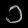
Digit: ၁